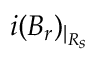
i ( B _ { r } ) _ { | _ { R _ { s } } }